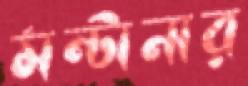
মন্টানার